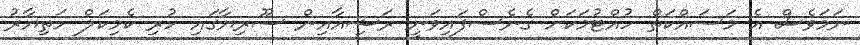
ނަމަވެސް އެ މަސައްކަތް ހުއްޓުމަކަށް ގެނެސްފައިވަނީ ރަޝިއާއިން ސޫރިޔާގައި ހުރި ކެމިކަލް ހަތިޔާރު